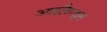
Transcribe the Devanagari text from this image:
आइलैण्ड्स